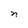
Character: n